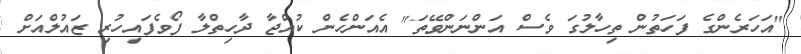
"އަހަރެންގެ ފަހަތުން ތިހާލުގަ ވެސް އަންނަންވޭތަ" އެއަންހެން ކުއްޖާ ދާހިތްލާ ފޯވެފައިހުރި ޒައުލްއަށް